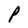
Character: P